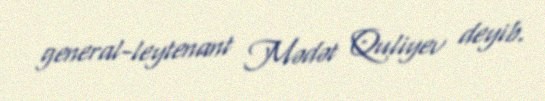
general-leytenant Mədət Quliyev deyib.